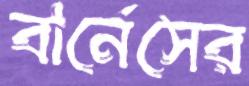
বার্নেসের